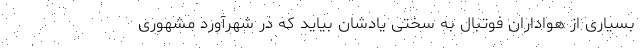
بسیاری از هواداران فوتبال به سختی یادشان بیاید که در شهرآورد مشهوری